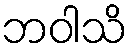
ဘဝါသိ